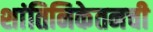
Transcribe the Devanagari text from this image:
शांतिनिकेतनची